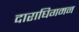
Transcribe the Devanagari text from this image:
दाराघिगमन